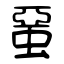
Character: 蝁